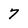
Character: 7